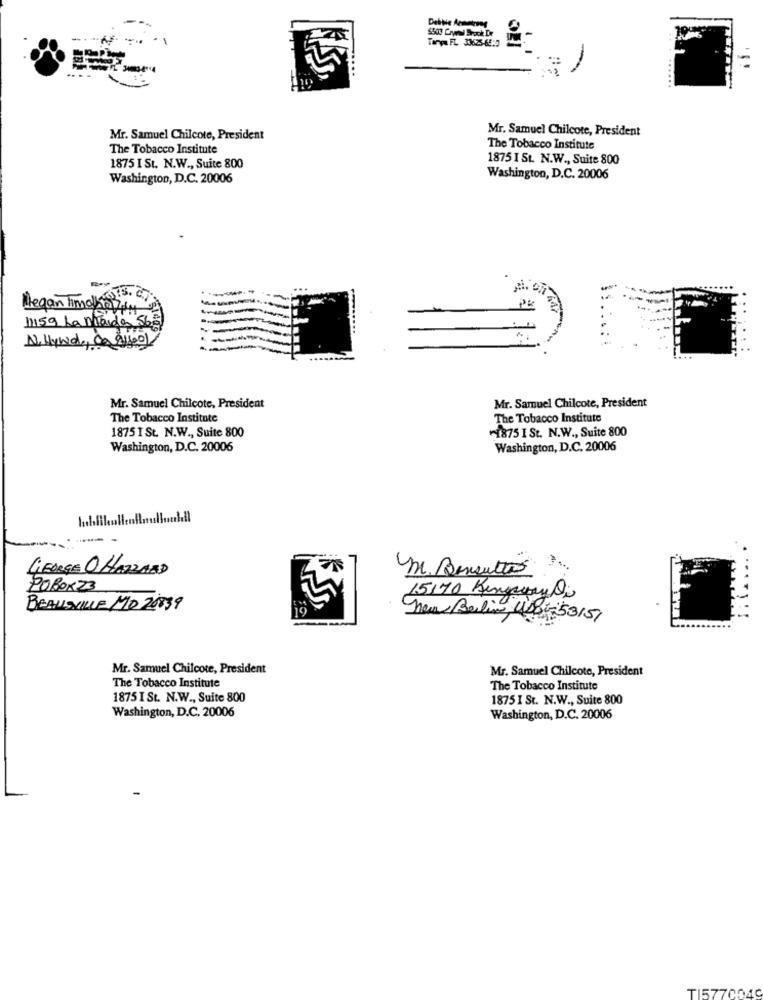
$500 Cryel Brock De
Toe FL 33625-65:5
Mr. Samuel Chilcote, President
Mr. Samuel Chilcote, President
The Tobacco Institute
The Tobacco Institute
1875 I St. N.W ., Suite 800
1875 I St. N.W ., Suite 800
Washington, D.C. 20006
Washington, D.C. 20006
Megan Timolk@7
11159 La Mada 568
N. Hund, Co 81601
Mr. Samuel Chilcote, President
Mr. Samuel Chilcote, President
The Tobacco Institute
The Tobacco Institute
1875 1 St. N.W ., Suite 800
-1875 I St. N.W ., Suite 800
Washington, D.C. 20006
Washington, D.C. 20006
GEORGE O HAZZARD
M. Bensutto .
POBOX 23
15170 Kingsway Di
BEAUSVILLE MO 20839
new Berlin, Uso:53151
Mr. Samuel Chilcote, President
Mr. Samuel Chilcote, President
The Tobacco Institute
The Tobacco Institute
1875 I St. N.W ., Suite 800
1875 I St. N.W ., Suite 800
Washington, D.C. 20006
Washington, D.C. 20006
TI577004C